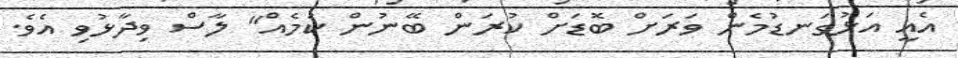
އެއީ އަޅުގަނޑުމެން ވަރަށް ބޮޑަށް ކުރަން ބޭނުން ކަމެއް" ލާސް ވިދާޅުވި އެވެ.